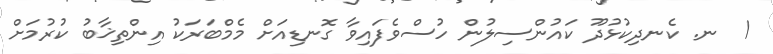
1  ނ. ކެނދިކުޅުދޫ ކައުންސިލުން ހުސްވެފައިވާ ގޮނޑިއަށް މެމްބަރަކު އިންތިޚާބު ކުރުމަށް